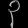
Digit: ၃